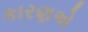
કારણએ